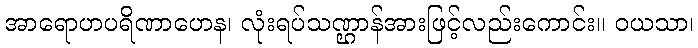
အာရောဟပရိဏာဟေန၊ လုံးရပ်သဏ္ဌာန်အားဖြင့်လည်းကောင်း။ ဝယသာ၊